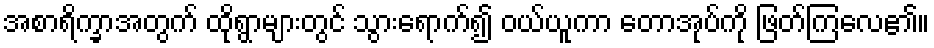
အစာရိက္ခာအတွက် ထိုရွာများတွင် သွားရောက်၍ ဝယ်ယူကာ တောအုပ်ကို ဖြတ်ကြလေ၏။